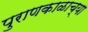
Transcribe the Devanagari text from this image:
पुराणकाळाच्या